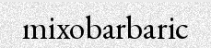
mixobarbaric